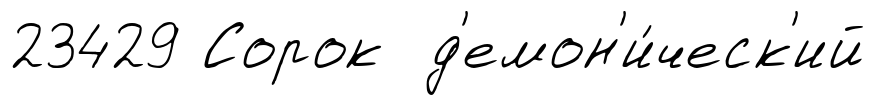
23429 Сорок д'емон'и́ческ'ий